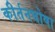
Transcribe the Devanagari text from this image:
कीर्तनघोषा